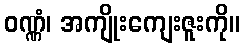
ဝဏ္ဏံ၊ အကျိုးကျေးဇူးကို။